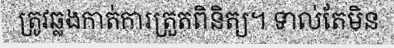
ត្រូវឆ្លងកាត់ការត្រួតពិនិត្យ។ ទាល់តែមិន